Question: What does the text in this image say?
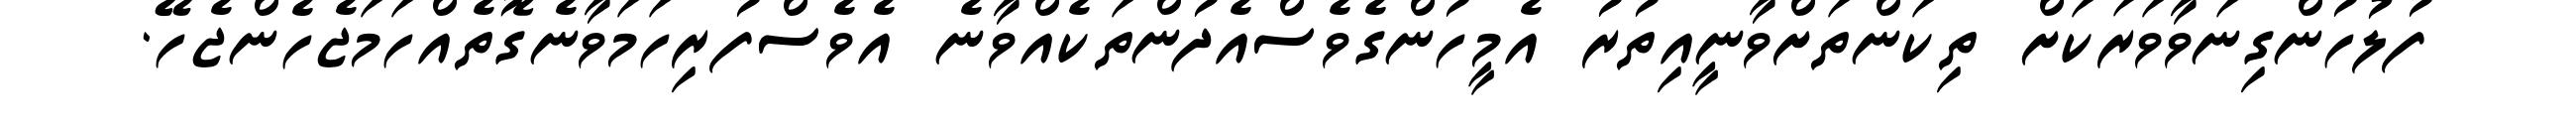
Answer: ފުލުހުންގިނަވާވަރަކަށް ތިކަންތަށްވާނީއިތުރު އެމީހުންގެވެސްއެދުންތަކެއްވާނެ އެވެސްފުރިހަމަވާނެގޮތެއްހަމަޖެހެންޖެހޭ.